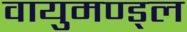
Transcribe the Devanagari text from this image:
वायुमण्ड्ल